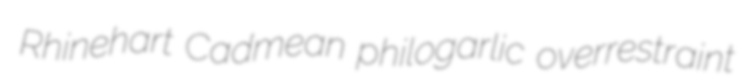
Rhinehart Cadmean philogarlic overrestraint